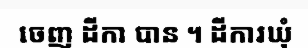
ចេញ ដីកា បាន ។ ដីការឃុំ